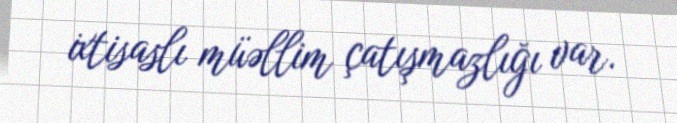
ixtisaslı müəllim çatışmazlığı var.